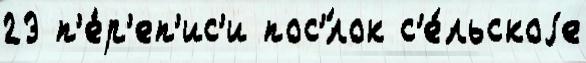
23 п'е́р'еп'ис'и пос'́лок с'е́льскоjе